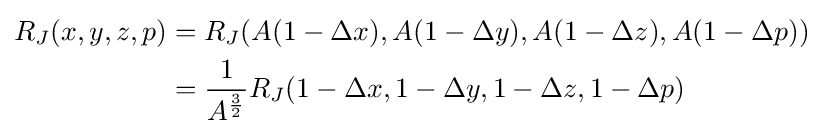
{\begin{aligned}R_{J}(x,y,z,p)&=R_{J}(A(1-\Delta x),A(1-\Delta y),A(1-\Delta z),A(1-\Delta p))\\&={\frac {1}{A^{\frac {3}{2}}}}R_{J}(1-\Delta x,1-\Delta y,1-\Delta z,1-\Delta p)\end{aligned}}